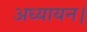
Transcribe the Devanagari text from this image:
अध्यायन।